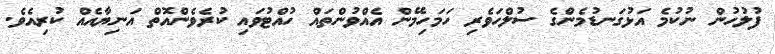
ފުލުހުން ނުކުމެ އަޅުގަނޑުމެންގެ ސުލްހަވެރި ހަމަހިމޭން އެއްވުންތައް ހުއްޓުވައި ކުރެވެންއޮތް އަނިޔާއެއް ކުރިއެވެ.